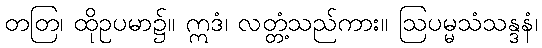
တတြ၊ ထိုဥပမာ၌။ ဣဒံ၊ လတ္တံ့သည်ကား။ ဩပမ္မသံသန္ဒနံ၊